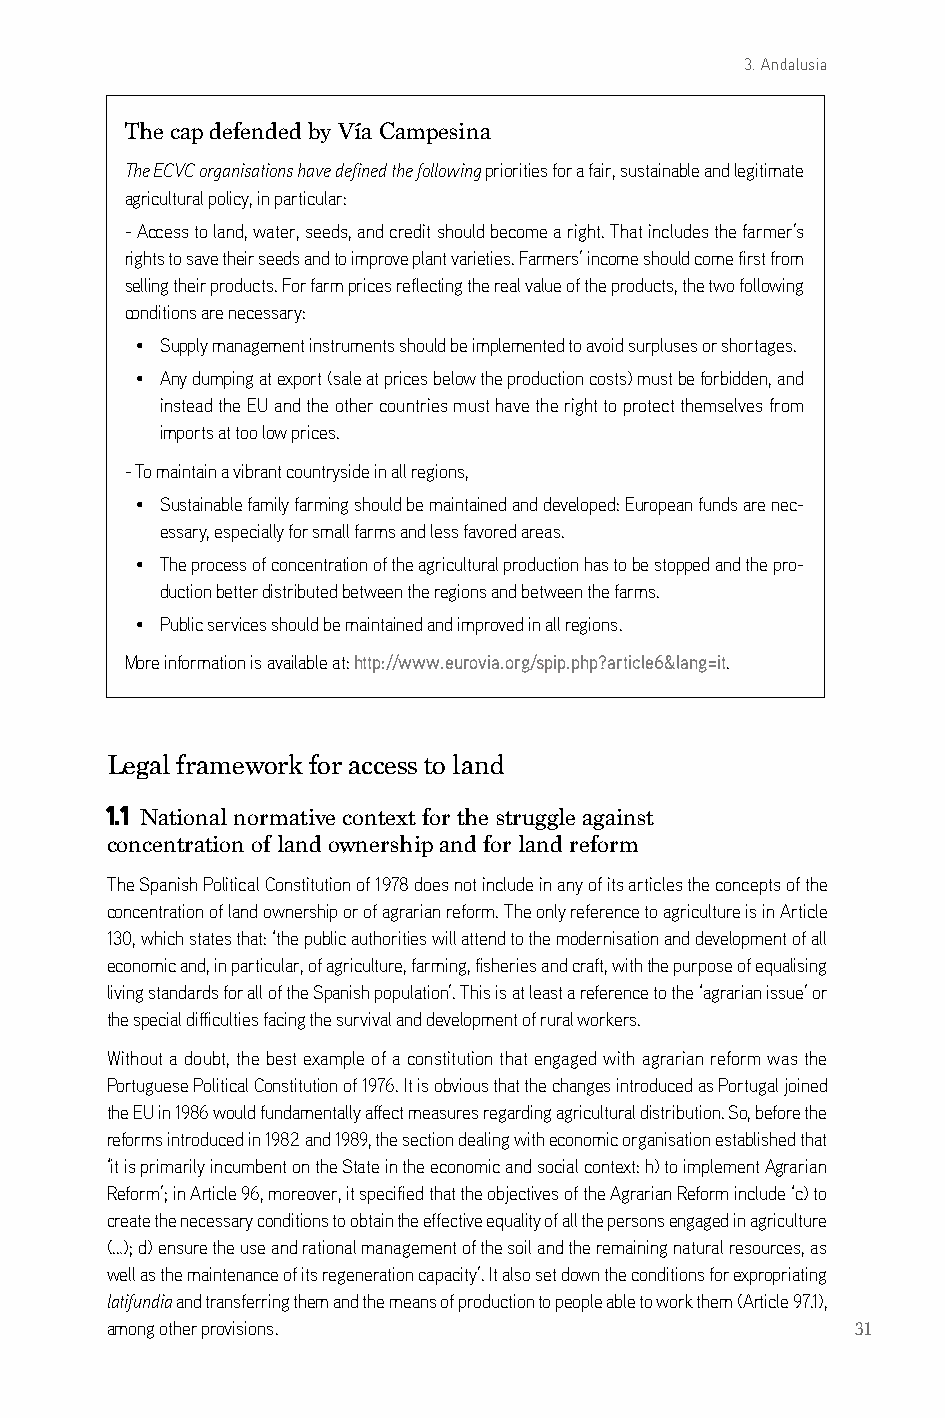
3. Andalusia
 The cap defended by Vía Campesina
 The ECVC organisations have defined the following priorities for a fair, sustainable and legitimate
 agricultural policy, in particular:
 - access to land, water, seeds, and credit should become a right. That includes the farmer’s
 rights to save their seeds and to improve plant varieties. Farmers’ income should come first from
 selling their products. For farm prices reflecting the real value of the products, the two following
 conditions are necessary:
 • supply management instruments should be implemented to avoid surpluses or shortages.
 • any dumping at export (sale at prices below the production costs) must be forbidden, and
 instead the eU and the other countries must have the right to protect themselves from
 imports at too low prices.
 - To maintain a vibrant countryside in all regions,
 • sustainable family farming should be maintained and developed: european funds are nec-
 essary, especially for small farms and less favored areas.
 • The process of concentration of the agricultural production has to be stopped and the pro-
 duction better distributed between the regions and between the farms.
 • Public services should be maintained and improved in all regions.
 More information is available at: http://www.eurovia.org/spip.php?article6&lang=it.
 Legal framework for access to land
 1.1 National normative context for the struggle against
 concentration of land ownership and for land reform
 The spanish Political constitution of 1978 does not include in any of its articles the concepts of the
 concentration of land ownership or of agrarian reform. The only reference to agriculture is in article
 130, which states that: ‘the public authorities will attend to the modernisation and development of all
 economic and, in particular, of agriculture, farming, fisheries and craft, with the purpose of equalising
 living standards for all of the spanish population’. This is at least a reference to the ‘agrarian issue’ or
 the special difficulties facing the survival and development of rural workers.
 Without a doubt, the best example of a constitution that engaged with agrarian reform was the
 Portuguese Political constitution of 1976. it is obvious that the changes introduced as Portugal joined
 the eU in 1986 would fundamentally affect measures regarding agricultural distribution. so, before the
 reforms introduced in 1982 and 1989, the section dealing with economic organisation established that
 ‘it is primarily incumbent on the state in the economic and social context: h) to implement agrarian
 reform’; in article 96, moreover, it specified that the objectives of the agrarian reform include ‘c) to
 create the necessary conditions to obtain the effective equality of all the persons engaged in agriculture
 (…); d) ensure the use and rational management of the soil and the remaining natural resources, as
 well as the maintenance of its regeneration capacity’. it also set down the conditions for expropriating
 latifundia and transferring them and the means of production to people able to work them (article 97.1),
 among other provisions.                           31